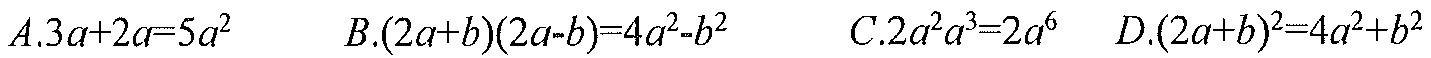
\(A.3a + 2a=5a^{2}\) \(\qquad B.(2a + b)(2a - b)=4a^{2}-b^{2}\) \(\qquad C.2a^{2}a^{3}=2a^{6}\) \(\qquad D.(2a + b)^{2}=4a^{2}+b^{2}\)